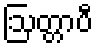
ဩတ္တာပီ